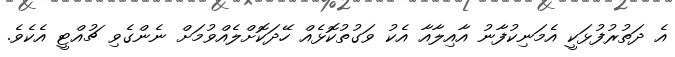
އެ ދަތުރުފުޅަކީ އެމަނިކުފާނު އާއިލާއާ އެކު ވަގުތުކޮޅެއް ހޭދަކޮށްލެއްވުމަށް ނެންގެވި ޗުއްޓީ އެކެވެ.